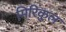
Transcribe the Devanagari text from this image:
मिरिकुल